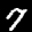
Label: 7